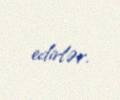
edirlər.